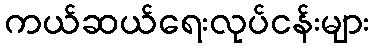
ကယ်ဆယ်ရေးလုပ်ငန်းများ